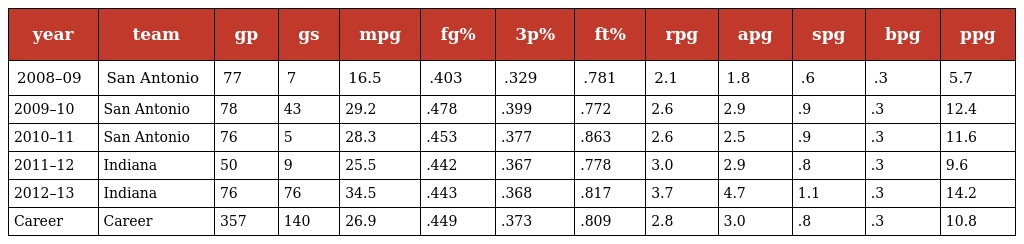
| year | team | gp | gs | mpg | fg% | 3p% | ft% | rpg | apg | spg | bpg | ppg |
 | --- | --- | --- | --- | --- | --- | --- | --- | --- | --- | --- | --- | --- |
 | 2008–09 | San Antonio | 77 | 7 | 16.5 | .403 | .329 | .781 | 2.1 | 1.8 | .6 | .3 | 5.7 |
 | 2009–10 | San Antonio | 78 | 43 | 29.2 | .478 | .399 | .772 | 2.6 | 2.9 | .9 | .3 | 12.4 |
 | 2010–11 | San Antonio | 76 | 5 | 28.3 | .453 | .377 | .863 | 2.6 | 2.5 | .9 | .3 | 11.6 |
 | 2011–12 | Indiana | 50 | 9 | 25.5 | .442 | .367 | .778 | 3.0 | 2.9 | .8 | .3 | 9.6 |
 | 2012–13 | Indiana | 76 | 76 | 34.5 | .443 | .368 | .817 | 3.7 | 4.7 | 1.1 | .3 | 14.2 |
 | Career | Career | 357 | 140 | 26.9 | .449 | .373 | .809 | 2.8 | 3.0 | .8 | .3 | 10.8 |